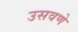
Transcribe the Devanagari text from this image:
उसवणे